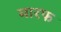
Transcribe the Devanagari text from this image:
मारफ